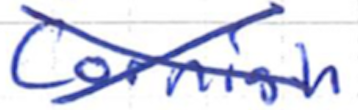
Text: Cornish
Cross-out: cross
Writing tool: ballpoint